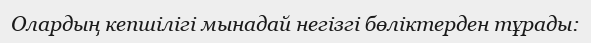
Олардың кепшілігі мынадай негізгі бөліктерден тұрады: